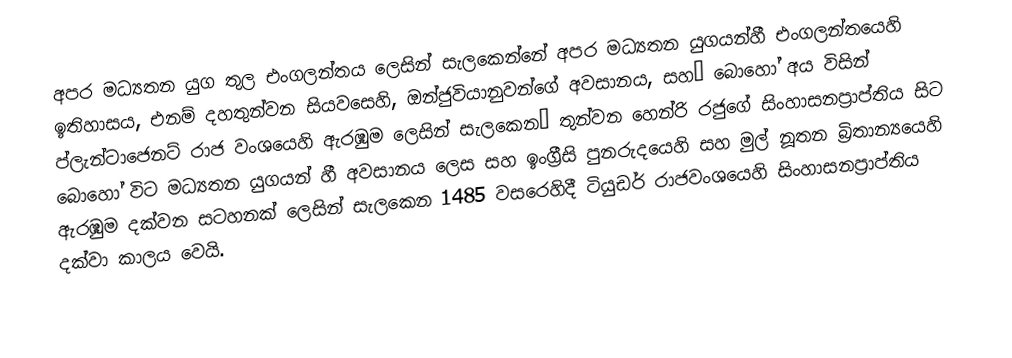
අපර මධ්‍යතන යුග තුල එංගලන්තය ලෙසින් සැලකෙන්නේ අපර මධ්‍යතන යුගයන්හී  එංගලන්තයෙහි ඉතිහාසය, එනම් දහතුන්වන සියවසෙහි,  ඔන්ජුවියානුවන්ගේ අවසානය, සහ– බොහෝ අය විසින් ප්ලැන්ටාජෙනට් රාජ වංශයෙහි ඇරඹුම ලෙසින් සැලකෙන– තුන්වන හෙන්රි රජුගේ සිංහාසනප්‍රාප්තිය සිට බොහෝ විට මධ්‍යතන යුගයන් හී අවසානය ලෙස සහ  ඉංග්‍රීසි පුනරුදයෙහි සහ මුල් නූතන බ්‍රිතාන්‍යයෙහි ඇරඹුම දක්වන සටහනක් ලෙසින් සැලකෙන 1485 වසරෙහිදී ටියුඩර් රාජවංශයෙහි සිංහාසනප්‍රාප්තිය දක්වා කාලය වෙයි.